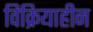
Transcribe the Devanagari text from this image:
विक्रियाहीन